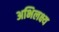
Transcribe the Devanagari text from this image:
अभिलक्ष्य